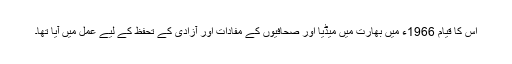
اس کا قیام 1966ء میں بھارت میں میڈیا اور صحافیوں کے مفادات اور آزادی کے تحفظ کے لیے عمل میں آیا تھا۔